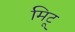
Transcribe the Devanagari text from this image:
मिटू